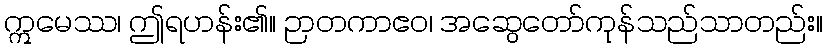
ဣမေဿ၊ ဤရဟန်း၏။ ဉာတကာဧဝ၊ အဆွေတော်ကုန်သည်သာတည်း။